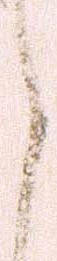
之